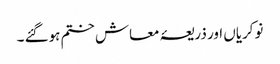
نوکریاں اور ذریعۂ معاش ختم ہوگئے ۔